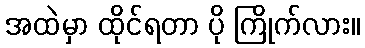
အထဲမှာ ထိုင်ရတာ ပို ကြိုက်လား။